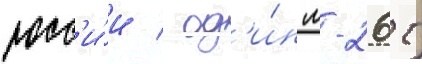
росс'и́и / од'и́н м-26т